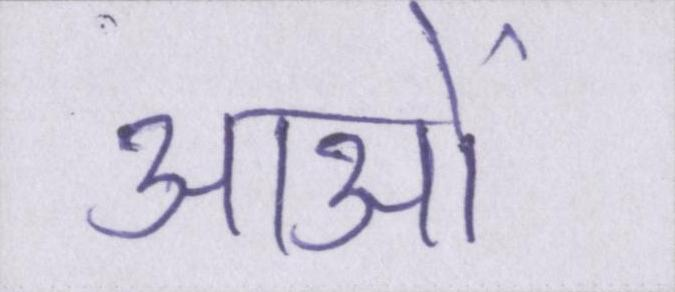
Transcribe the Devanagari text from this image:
आओं